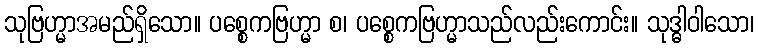
သုဗြဟ္မာအမည်ရှိသော။ ပစ္စေကဗြဟ္မာ စ၊ ပစ္စေကဗြဟ္မာသည်လည်းကောင်း။ သုဒ္ဓါဝါသော၊